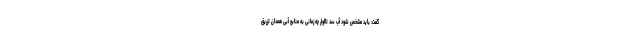
گفت: باید مشخص شود آب سد تالوار چه زمانی به منابع آبی همدان تزریق